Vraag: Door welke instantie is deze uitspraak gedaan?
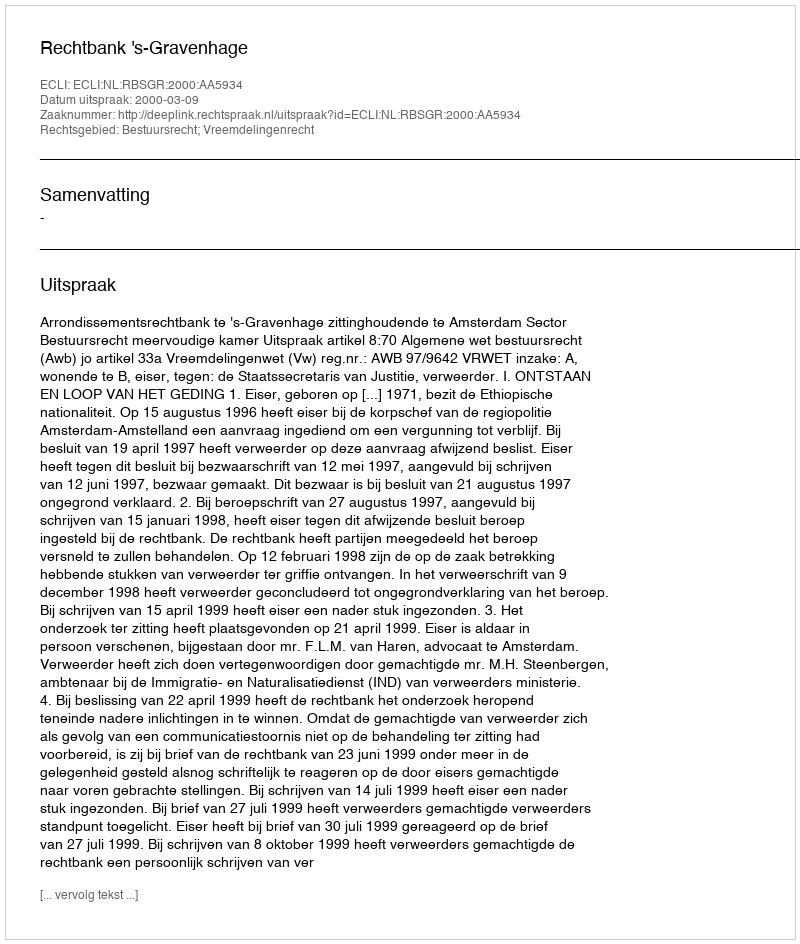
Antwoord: Rechtbank 's-Gravenhage